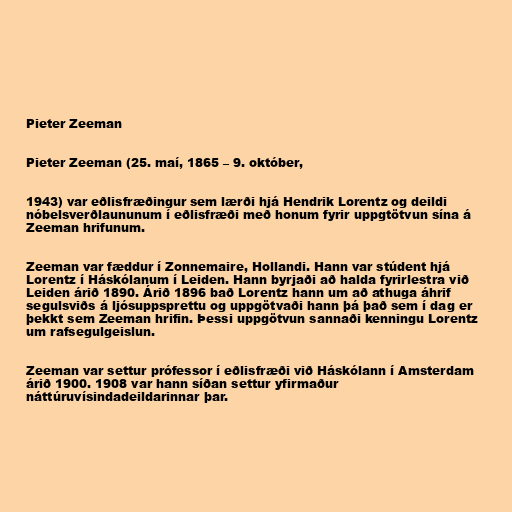
Pieter Zeeman

Pieter Zeeman (25. maí, 1865 – 9. október,

1943) var eðlisfræðingur sem lærði hjá Hendrik Lorentz og deildi
nóbelsverðlaununum í eðlisfræði með honum fyrir uppgtötvun sína á
Zeeman hrifunum.

Zeeman var fæddur í Zonnemaire, Hollandi. Hann var stúdent hjá
Lorentz í Háskólanum í Leiden. Hann byrjaði að halda fyrirlestra við
Leiden árið 1890. Árið 1896 bað Lorentz hann um að athuga áhrif
segulsviðs á ljósuppsprettu og uppgötvaði hann þá það sem í dag er
þekkt sem Zeeman hrifin. Þessi uppgötvun sannaði kenningu Lorentz
um rafsegulgeislun.

Zeeman var settur prófessor í eðlisfræði við Háskólann í Amsterdam
árið 1900. 1908 var hann síðan settur yfirmaður
náttúruvísindadeildarinnar þar.